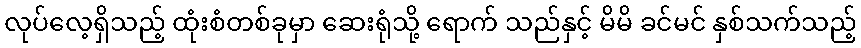
လုပ်လေ့ရှိသည့် ထုံးစံတစ်ခုမှာ ဆေးရုံသို့ ရောက် သည်နှင့် မိမိ ခင်မင် နှစ်သက်သည့်